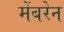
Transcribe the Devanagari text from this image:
मेंबरेन